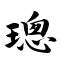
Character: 璁